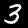
Digit: 3